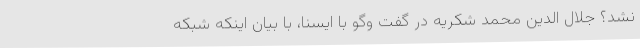
نشد؟ جلال الدین محمد شکریه در گفت وگو با ایسنا، با بیان اینکه شبکه